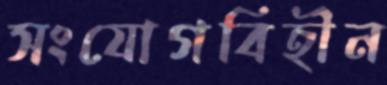
সংযোগবিহীন